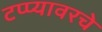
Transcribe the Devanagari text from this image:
टप्प्यावरचे